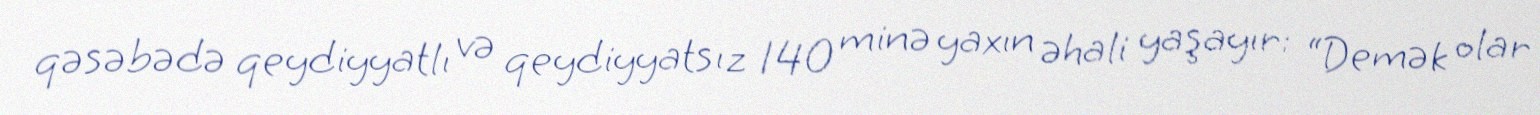
qəsəbədə qeydiyyatlı və qeydiyyatsız 140 minə yaxın əhali yaşayır: “Demək olar